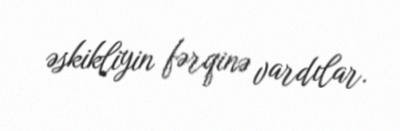
əskikliyin fərqinə vardılar.